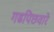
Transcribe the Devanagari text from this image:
गढपिछवारे